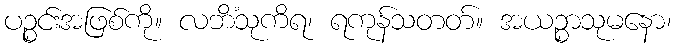
ပဉ္စင်းအဖြစ်ကို။ လဘိံသုကိရ၊ ရကုန်သတတ်။ အယဉ္စာသုမနော၊